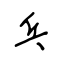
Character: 乓